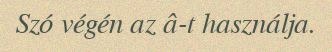
Szó végén az â-t használja.